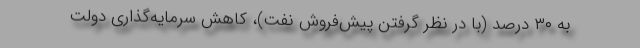
به ۳۰ درصد (با در نظر گرفتن پیش‌فروش نفت)، کاهش سرمایه‌گذاری دولت